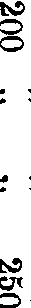
200 .. .. 250